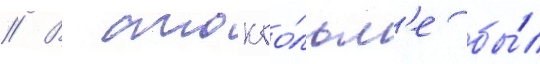
// В стокго́льм'е бы́л